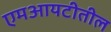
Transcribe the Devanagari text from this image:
एमआयटीतील